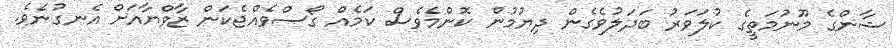
ޝާންގެ މޫނުމަތީގެ ކުލަވަރު ބަދަލުވެގެން ދިޔުމުން ކޮންމެވެސް ކަމެއް ގޯސްވެއްޖެކަން ޒާވްޔާއަށް އެނގުނެވެ.